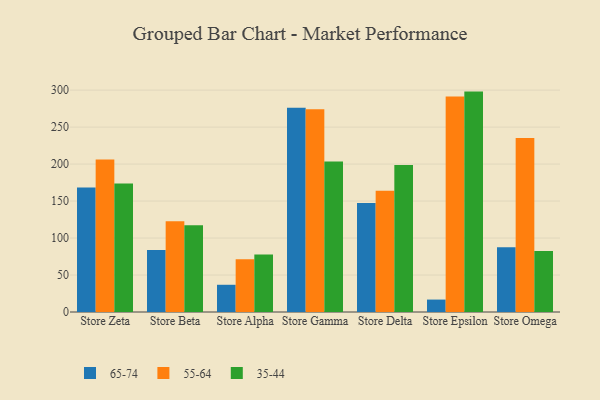
{"axis": {"x": "Store", "y": "LTV (USD)"}, "legend": ["35-44", "55-64", "65-74"], "data": [{"x": "Store Zeta", "y": 168.2, "type": "65-74"}, {"x": "Store Zeta", "y": 206.3, "type": "55-64"}, {"x": "Store Zeta", "y": 173.6, "type": "35-44"}, {"x": "Store Beta", "y": 83.7, "type": "65-74"}, {"x": "Store Beta", "y": 122.6, "type": "55-64"}, {"x": "Store Beta", "y": 117.3, "type": "35-44"}, {"x": "Store Alpha", "y": 36.8, "type": "65-74"}, {"x": "Store Alpha", "y": 71.4, "type": "55-64"}, {"x": "Store Alpha", "y": 77.9, "type": "35-44"}, {"x": "Store Gamma", "y": 276.0, "type": "65-74"}, {"x": "Store Gamma", "y": 274.3, "type": "55-64"}, {"x": "Store Gamma", "y": 203.6, "type": "35-44"}, {"x": "Store Delta", "y": 147.5, "type": "65-74"}, {"x": "Store Delta", "y": 164.1, "type": "55-64"}, {"x": "Store Delta", "y": 198.6, "type": "35-44"}, {"x": "Store Epsilon", "y": 16.8, "type": "65-74"}, {"x": "Store Epsilon", "y": 291.3, "type": "55-64"}, {"x": "Store Epsilon", "y": 298.0, "type": "35-44"}, {"x": "Store Omega", "y": 87.4, "type": "65-74"}, {"x": "Store Omega", "y": 235.3, "type": "55-64"}, {"x": "Store Omega", "y": 82.5, "type": "35-44"}]}